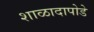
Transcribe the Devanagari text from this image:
शाळादापोडे